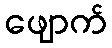
ဖျောက်